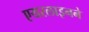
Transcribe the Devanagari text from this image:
एयरलाइनने